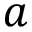
a